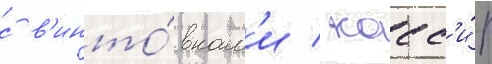
с в'инто́вкам'и / касс'и́р